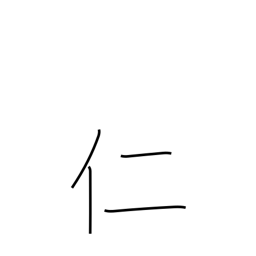
Meaning: man